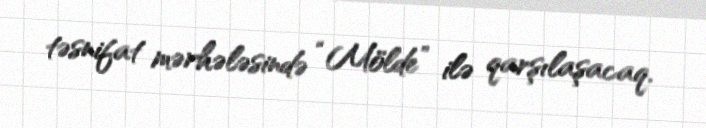
təsnifat mərhələsində “Mölde” ilə qarşılaşacaq.